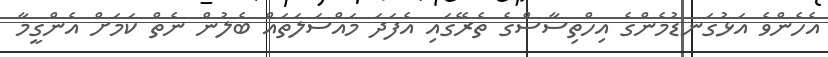
އެހެންވެ އަޅުގަނޑުމެންގެ އިހްތިސާސްގެ ތެރޭގައި އެފަދަ މައްސަލަތައް ބެލުން ނެތް ކަމަށް އެންގީމާ